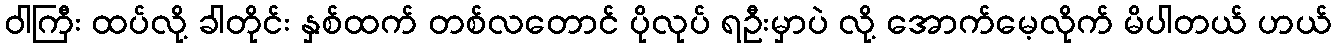
ဝါကြီး ထပ်လို့ ခါတိုင်း နှစ်ထက် တစ်လတောင် ပိုလုပ် ရဦးမှာပဲ လို့ အောက်မေ့လိုက် မိပါတယ် ဟယ်